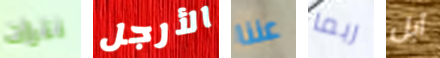
نترات الأرجل عننا ربما آبل